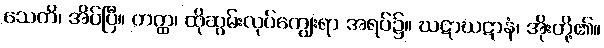
သေတိ၊ အိပ်ပြီ။ တတ္ထ၊ ထိုဆွမ်းလုပ်ကျွေးရာ အရပ်၌။ ဃဋာဃဋာနံ၊ အိုးတို့၏။